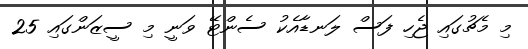
މި މެޗުގައި ޖެހި ފަސް ލަނޑާއެކު ސެންޓޭ ވަނީ މި ސީޒަންގައި 25